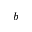
b